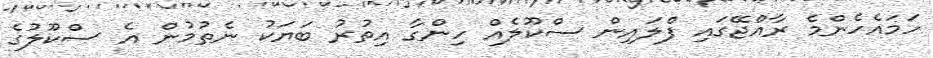
ހަމައެހެންމެ ރާއްޖޭގައި ފްލައިން ސްކޫލެއް ހިންގާ އިތުރު ބަޔަކު ނެތުމުން އެ ސްކޫލުގެ